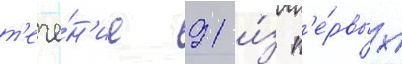
т'ече́н'ие 91 и́з п'е́рвых